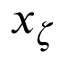
x _ { \zeta }